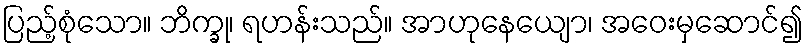
ပြည့်စုံသော။ ဘိက္ခု၊ ရဟန်းသည်။ အာဟုနေယျော၊ အဝေးမှဆောင်၍